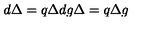
d \Delta = q \Delta d g \Delta = q \Delta g